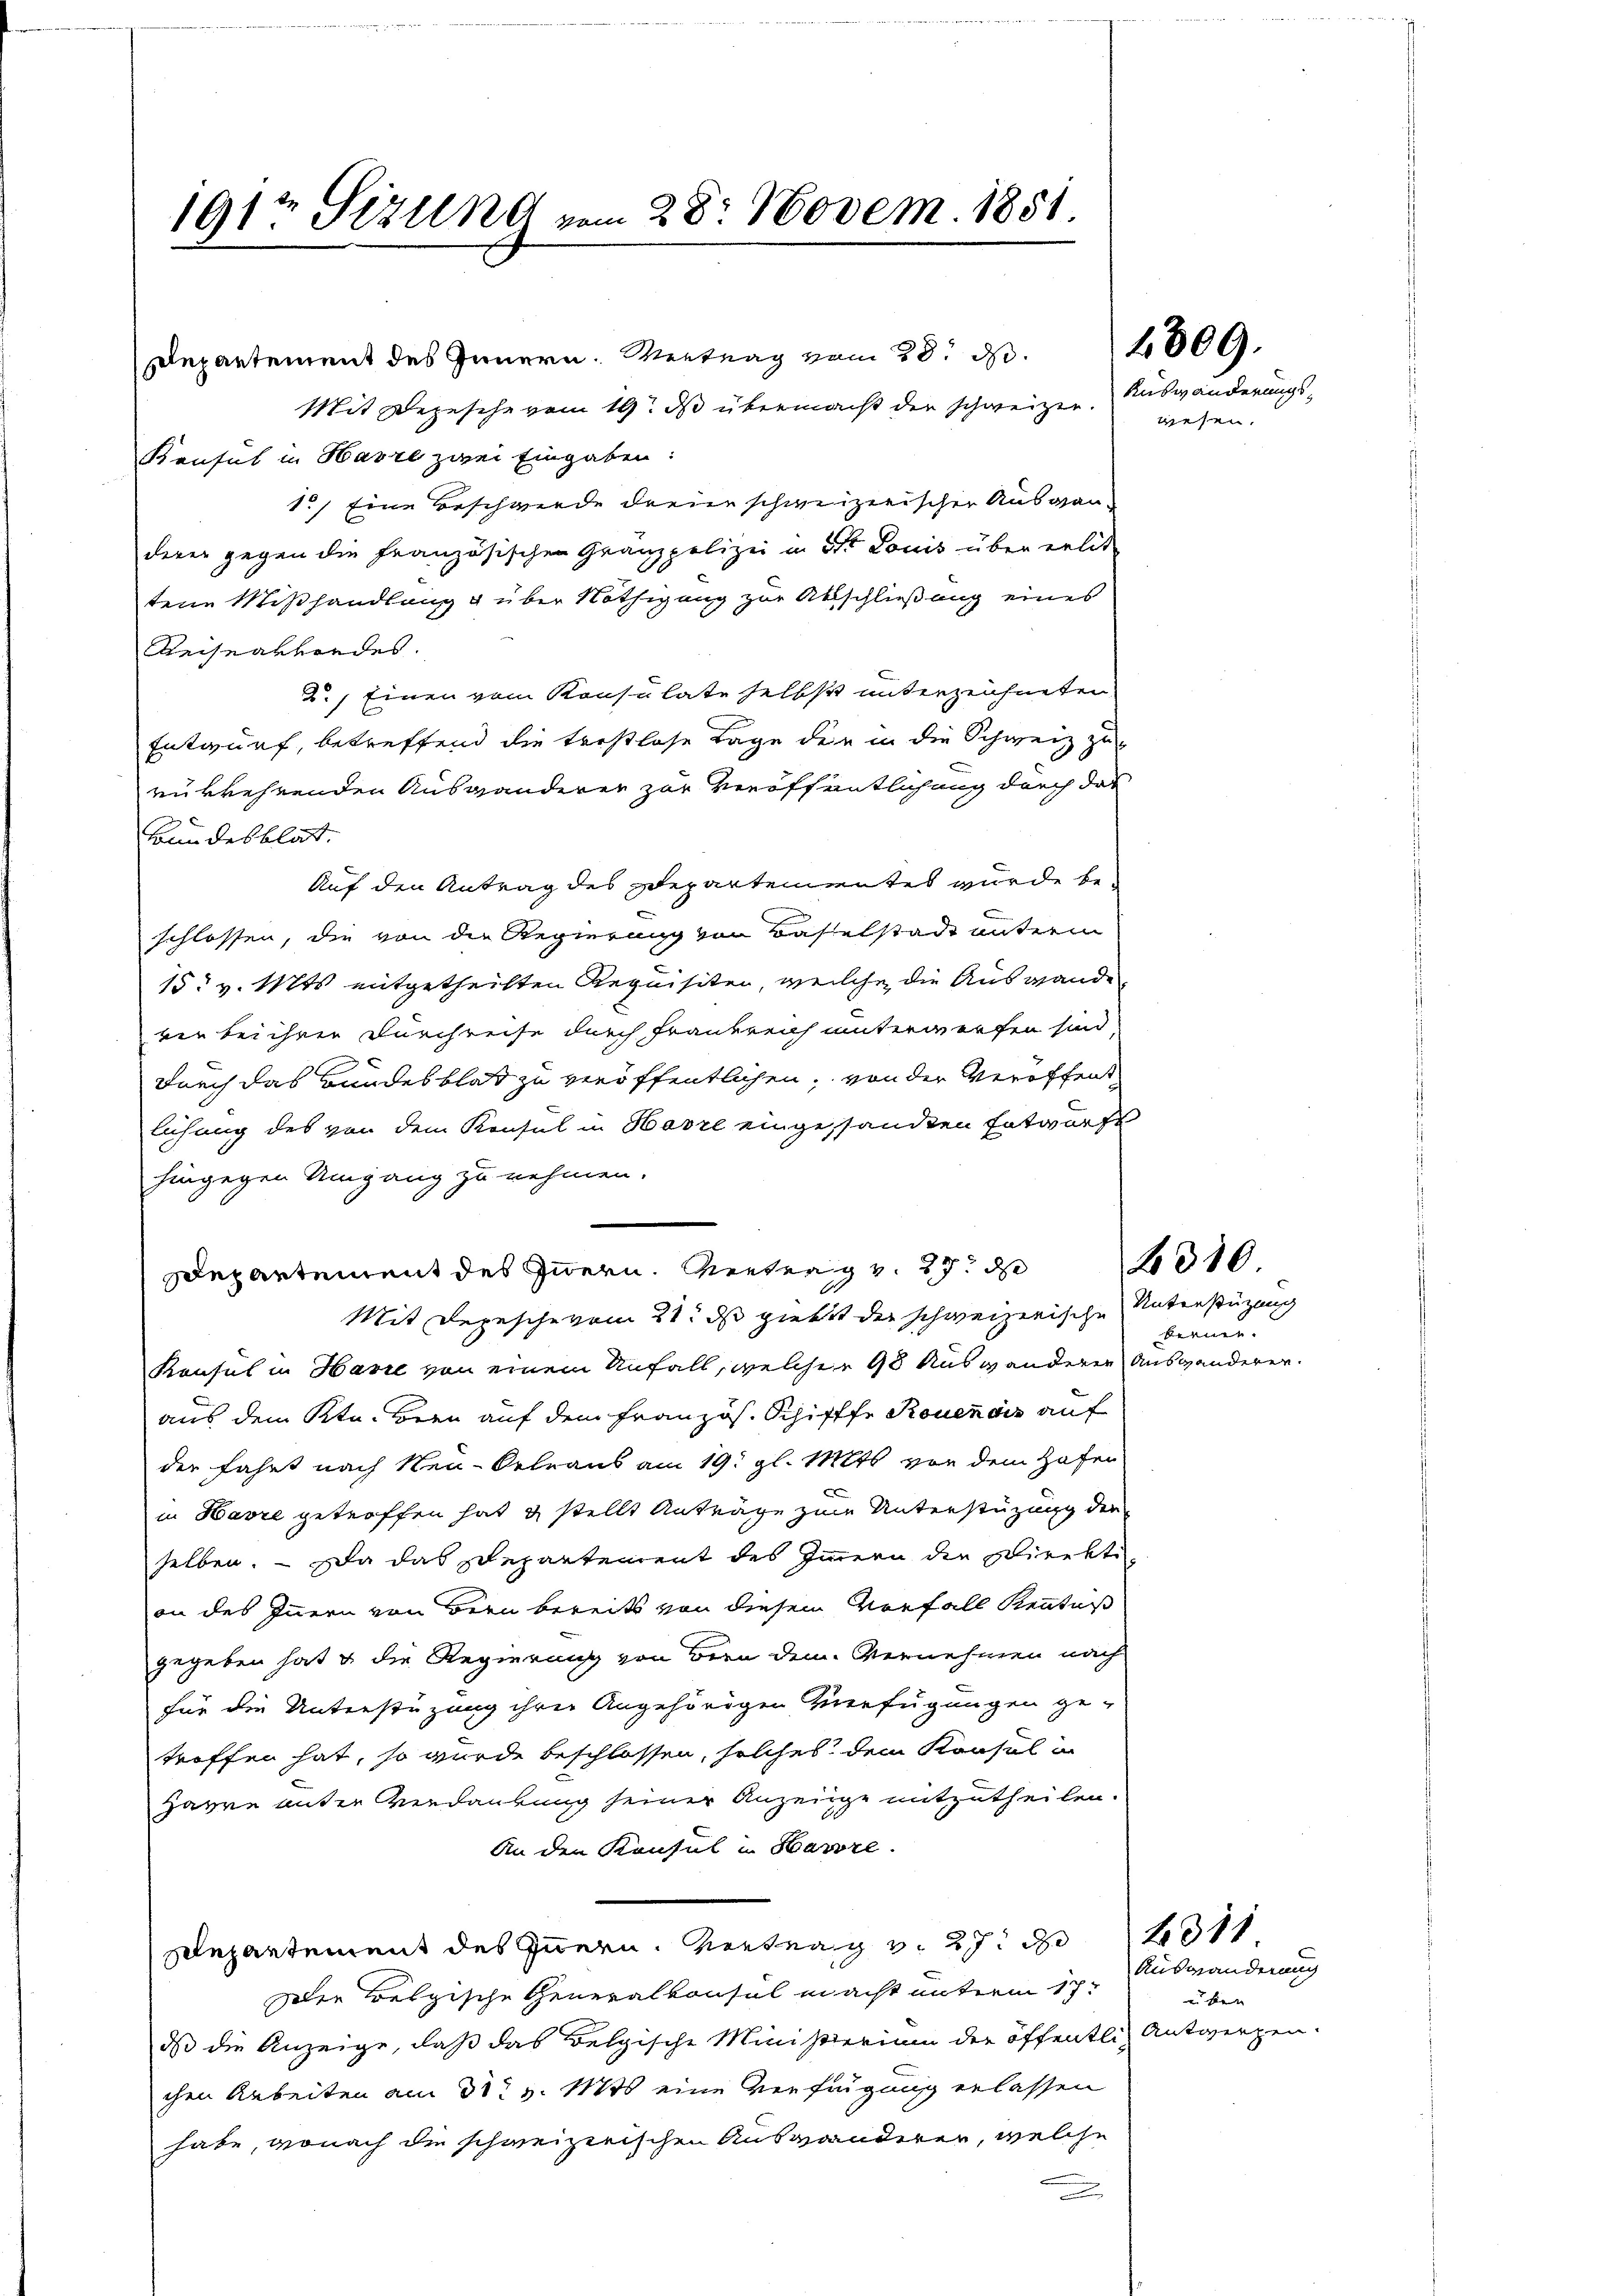
191t Sizung vom 28. Novem 1851.

Departement des Innern. Vertrag vom 28. d.
Mit Depesche vom 19. ds übermacht der schweizer. Auswänderungs-
Konsul in Havre zwei Eingaben:
1.) Eine Beschwerde dreie schweizerischer Ausganderer gegen die Französischen Gränzpolizei in 5 Louis über erlit
tene Mißhandlung u über Nöthigung zur Abschließung eines
de
Reisearfordes.
2.) Einen vom Konsulate selbst unterzeichneten
Entwurf, betreffend die trestlose Tage der in die Schweiz zu
rükkehrenden Auswanderen zur Veröffentlichung durch das
kundesblat.
Auf den Antrag des Departementes wurde beschlossen, die von die Regierung von Baselstadt unterm
15. v. Mts. mitgetheilten Requisiten, welche die Auswande
ven bei ihrer Durchreise durch Frankreich unterwerfen sind,
Durch das Bundesblatt zu veröffentlichen, von der Veröffent
lichung des von dem Konsul in Havre eingesandten Entwurfe
hingegen Umgang zu nehmen.
Mit Depesche vom 21. ds giebt der schweizerische Unterstüzung
Konsul in Havre von einem Unfall, welcher 98 Auswanderen Auswanderen.
aus dem Statoren auf dem Französ. Schifffe Rouendis auf
der fahrt nach Neu-Oelraus am 19. gl. Mts. von dem Hafen
in Havre getroffen hat & stellt Anträge zur Unterstüzung der
selben. Da das schepartement des Innern die Direkti
an des Innern von Bern bereits von diesem Vorfall Kenntniß
gegeben hat & die Regierung von Bern dem Vernehmen nach
für die Unterstüzung ihrer Angehörigen Verfügungen ge-
troffen hat, so wurde beschlossen, solches dem Konsul in
Harre unter Verdankung seiner Anzeige mitzutheilen.
An den Konsul in Havre.
Departement des Innern. Vertrag v. 27. d. 311
Der belgische Generalkonsul macht unterm 17.
dass die Anzeige, daß das Belgische Ministerium der öffentlich Antwerpen-
chen Arbeiten am 31. v. 18 eine Verfügung erlassen
habe, wonach die schweizerischen Auswanderer, welche
.

Departement des Innern. Vertrag v. 27. de

wesen

4309.

kernen.

310

Auswanderung
un hier